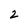
Character: 2